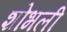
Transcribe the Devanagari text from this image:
शोभली